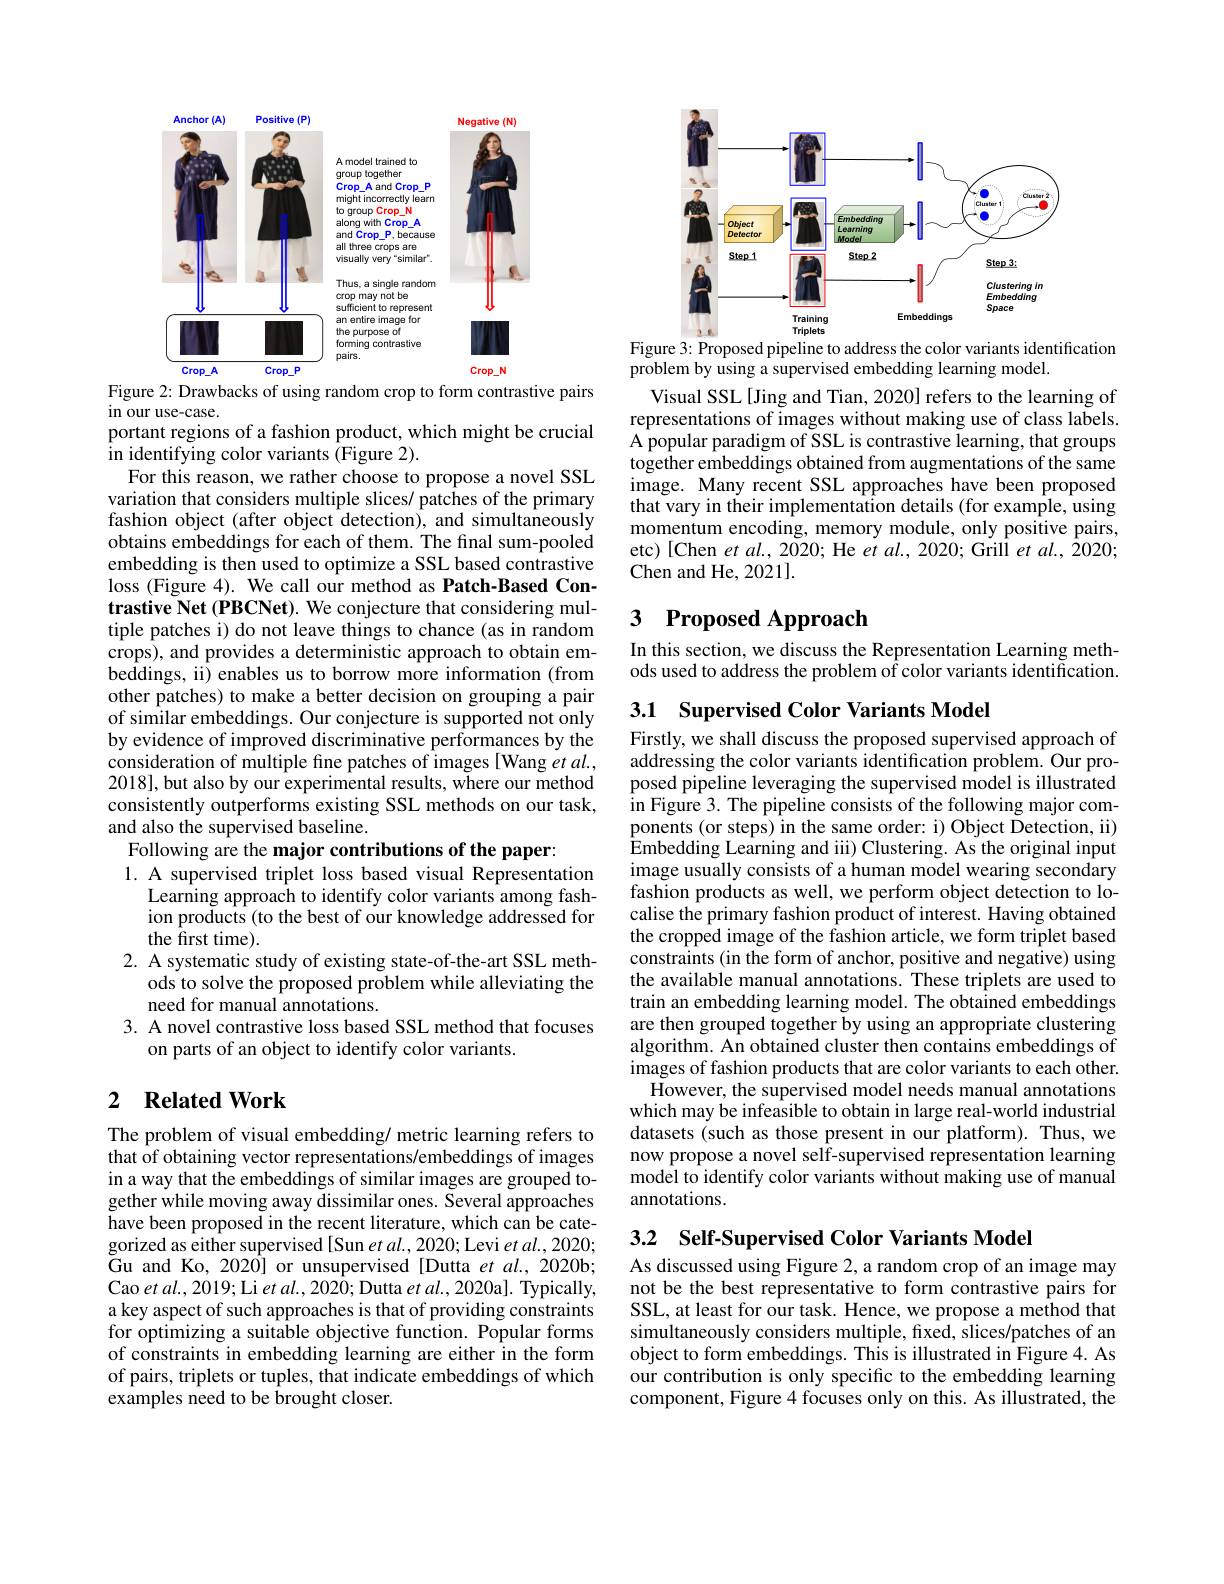
<FigureHere>
Figure 2: Drawbacks of using random crop to form contrastive pairs

in our use-case.
portant regions of a fashion product, which might be crucial
in identifying color variants (Figure 2).
For this reason, we rather choose to propose a novel SSL variation that considers multiple slices/ patches of the primary fashion object (after object detection), and simultaneously obtains embeddings for each of them. The final sum-pooled embedding is then used to optimize a SSL based contrastive loss (Figure 4). We call our method as Patch-Based Contrastive Net (PBCNet). We conjecture that considering multiple patches i) do not leave things to chance (as in random crops), and provides a deterministic approach to obtain embeddings, ii) enables us to borrow more information (from other patches) to make a better decision on grouping a pair of similar embeddings. Our conjecture is supported not only by evidence of improved discriminative performances by the consideration of multiple fine patches of images [Wang et al., 2018],but also by our experimental results, where our method consistently outperforms existing SSL methods on our task, and also the supervised baseline.
Following are the major contributions of the paper:

1. A supervised triplet loss based visual Representation
$\dot{\text{Learning approach to identify color variants among fash-}}$ ion products (to the best of our knowledge addressed for the $\hat{\text{first time}}).$
2. A systematic study of existing state-of-the-art SSL meth-
ods to solve the proposed problem while alleviating the
need for manual annotations.
3. A novel contrastive loss based SSL method that focuses
on parts of an object to identify color variants.

## 2 $\textbf{Related Work}$

The problem of visual embedding/ metric learning refers to that $\hat{\text{of obtaining vector representations/embeddings of images}}$ in a way that the embeddings of similar images are grouped together while moving away dissimilar ones. Several approaches have been proposed in the recent literature, which can be categorized as either supervised[Sun et al., 2020; Levi et al., 2020; $\tilde{\text{Gu and Ko, 2020] or unsupervised[Dutta et al., 2020b;}}$ Cao et al., 2019; Li et al. 2020; Dutta et al. 2020a]. Typically, a key aspect of such approaches is that of providing constraints for optimizing a suitable objective function. Popular forms of constraints in embedding learning are either in the form of pairs, triplets or tuples, that indicate embeddings of which examples need to be brought closer.

<FigureHere>

Figure 3: Proposed pipeline to address the color variants identification
problem by using a supervised embedding learning model.

Visual SSL[Jing and Tian, 2020] refers to the learning of representations of images without making use of class labels. A popular paradigm of SSL is contrastive learning, that groups together embeddings obtained from augmentations of the same image. Many recent SSL approaches have been proposed that vary in their implementation details (for example, using momentum encoding, memory module, only positive pairs, etc)[Chen $etal.,2020;$He $etal.,2020;$Grill et $al.,\bar{2}020;$ Chen and He, 2021].

## 3 Proposed Approach

In this section, we discuss the Representation Learning methods used to address the problem of color variants identification.

3.1 Supervised Color Variants Model

Firstly, we shall discuss the proposed supervised approach of addressing the color variants identification problem. Our proposed pipeline leveraging the supervised model is illustrated in Figure 3. The pipeline consists of the following major components (or steps) in the same order: i) Object Detection, ii) $\hat{\text{Embedding Learning and iii) Clustering. As the original input}}$ image usually consists of a human model wearing secondary fashion products as well, we perform object detection to localise the primary fashion product of interest. Having obtained the cropped image of the fashion article, we form triplet based constraints (in the form of anchor, positive and negative) using the available manual annotations. These triplets are used to train an embedding learning model. The obtained embeddings are then grouped together by using an appropriate clustering algorithm. An obtained cluster then contains embeddings of images of fashion products that are color variants to each other.
However, the supervised model needs manual annotations which may be infeasible to obtain in large real-world industrial datasets (such as those present in our platform). Thus, we now propose a novel self-supervised representation learning model to identify color variants without making use of manual annotations.

3.2 Self-Supervised Color Variants Model

As discussed using Figure 2, a random crop of an image may not be the best representative to form contrastive pairs for SSL, at least for our task. Hence, we propose a method that simultaneously considers multiple, fixed, slices/patches of an object to form embeddings. This is illustrated in Figure 4. As our contribution is only specific to the embedding learning component, Figure 4 focuses only on this. As illustrated, the